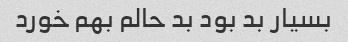
بسیار بد بود بد حالم بهم خورد